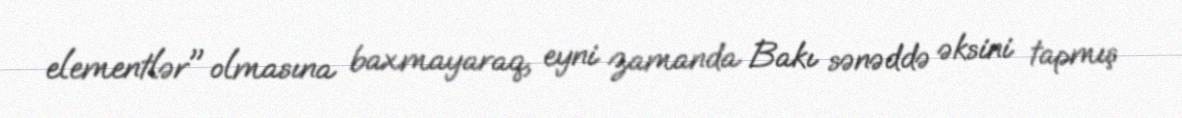
elementlər" olmasına baxmayaraq, eyni zamanda Bakı sənəddə əksini tapmış